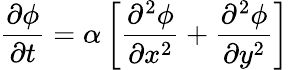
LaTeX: \frac{\partial\phi}{\partial t}=\alpha\left[\frac{\partial^{2}\phi}{\partial x^{2}}+\frac{\partial^{2}\phi}{\partial y^{2}}\right]